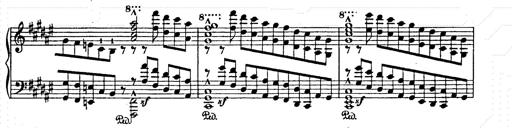
Title: AnnÃ©es de pÃ¨lerinage II
Composer: Franz Liszt